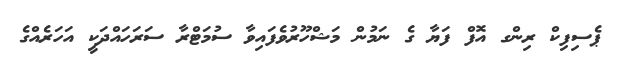
ޕެސިފިކް ރިންގ އޮފް ފަޔާ ގެ ނަމުން މަޝްހޫރުވެފައިވާ ސުމަޓްރާ ސަރަހައްދަކީ އަހަރެއްގެ